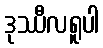
ဒုဿီလရူပါ